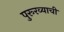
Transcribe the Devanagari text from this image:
पुरूरव्याची